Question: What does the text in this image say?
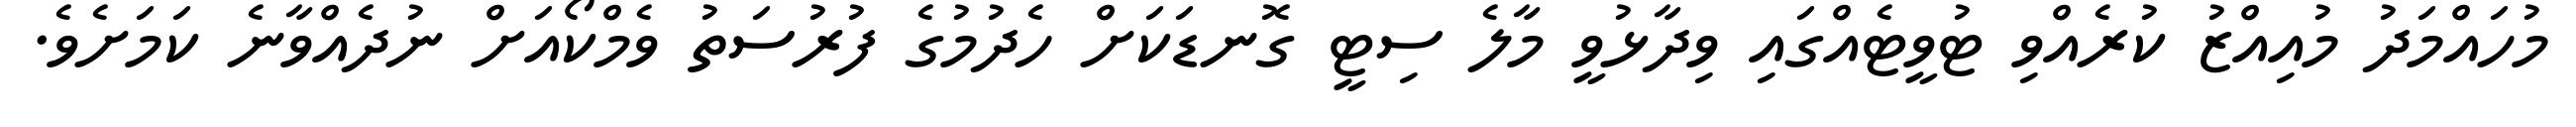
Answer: މުހައްމަދު މުއިއްޒު ކުރެއްވި ޓުވީޓެއްގައި ވިދާޅުވީ މާލެ ސިޓީ ގޮނޑަކަށް ހެދުމުގެ ފުރުސަތު ވެމްކޯއަށް ނުދެއްވާނެ ކަމަށެވެ.